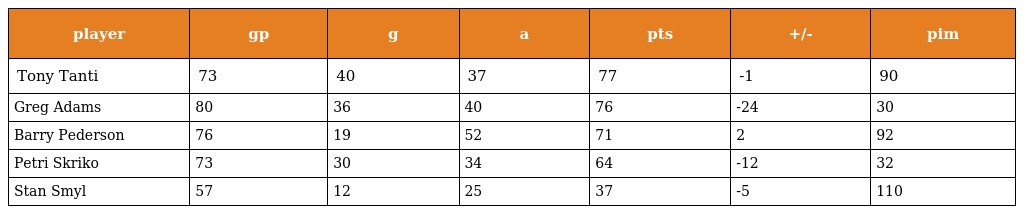
| player | gp | g | a | pts | +/- | pim |
 | --- | --- | --- | --- | --- | --- | --- |
 | Tony Tanti | 73 | 40 | 37 | 77 | -1 | 90 |
 | Greg Adams | 80 | 36 | 40 | 76 | -24 | 30 |
 | Barry Pederson | 76 | 19 | 52 | 71 | 2 | 92 |
 | Petri Skriko | 73 | 30 | 34 | 64 | -12 | 32 |
 | Stan Smyl | 57 | 12 | 25 | 37 | -5 | 110 |